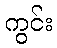
ကွင်း